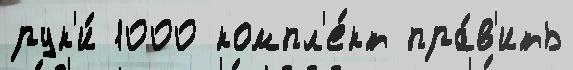
рук'и́ 1000 компл'е́кт пра́в'ить